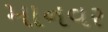
માનવર